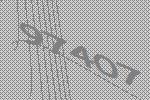
97407